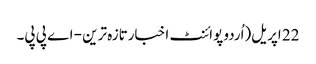
22 اپریل(اُردو پوائنٹ اخبارتازہ ترین - اے پی پی۔